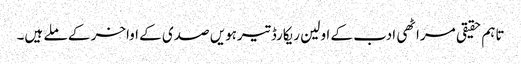
تاہم حقیقی مراٹھی ادب کے اولین ریکارڈ تیرہویں صدی کے اواخر کے ملے ہیں۔